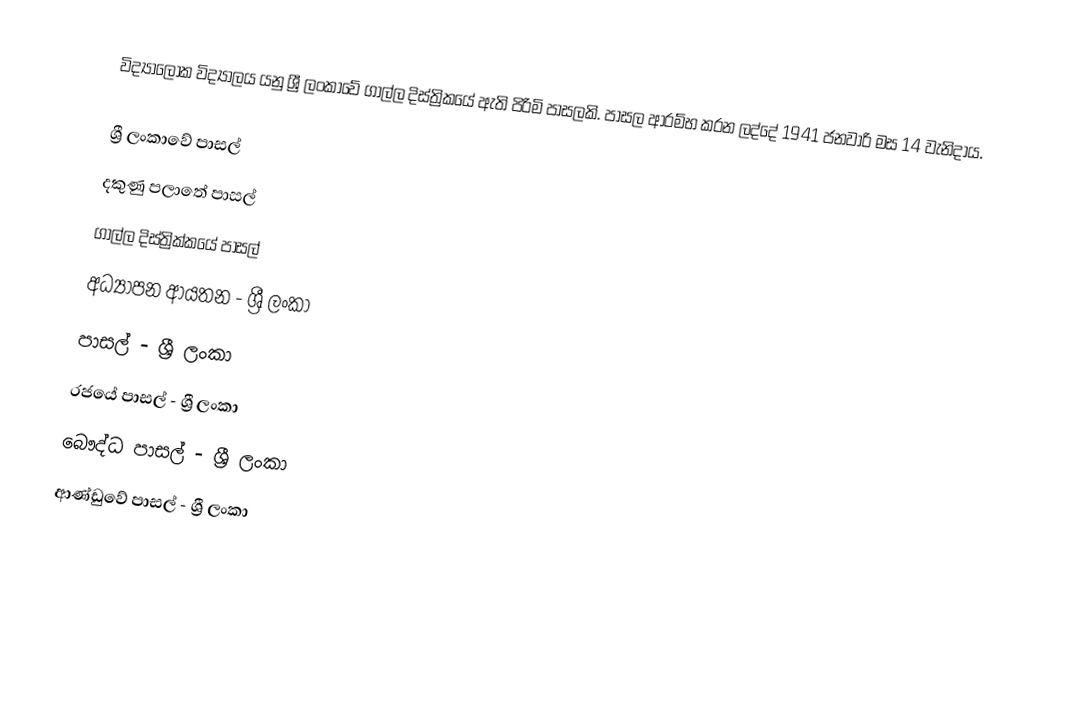
විද්‍යාලෝක විද්‍යාලය යනු ශ්‍රී ලංකාවේ ගාල්ල දිස්ත්‍රිකයේ ඇති පිරිමි පාසලකි. පාසල ආරම්භ කරන ලද්දේ 1941 ජනවාරි මස 14 වැනිදාය.

ශ්‍රී ලංකාවේ පාසල්
දකුණු පලාතේ පාසල්
ගාල්ල දිස්ත්‍රික්කයේ පාසල්
අධ්‍යාපන ආයතන - ශ්‍රී ලංකා
පාසල් - ශ්‍රී ලංකා
රජයේ පාසල් - ශ්‍රී ලංකා
බෞද්ධ පාසල් - ශ්‍රී ලංකා
ආණ්ඩුවේ පාසල් - ශ්‍රී ලංකා